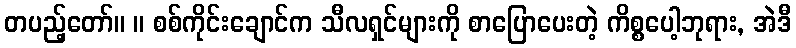
တပည့်တော်။ ။ စစ်ကိုင်းချောင်က သီလရှင်များကို စာပြောပေးတဲ့ ကိစ္စပေါ့ဘုရား, အဲဒီ